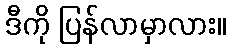
ဒီကို ပြန်လာမှာလား။